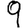
Digit: 9